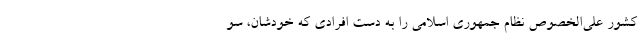
کشور علی‌الخصوص نظام جمهوری اسلامی را به دست افرادی که خودشان، سو